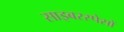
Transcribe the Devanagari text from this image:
साइबरस्पेसों